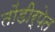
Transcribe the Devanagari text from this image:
तोंडीर्पेत